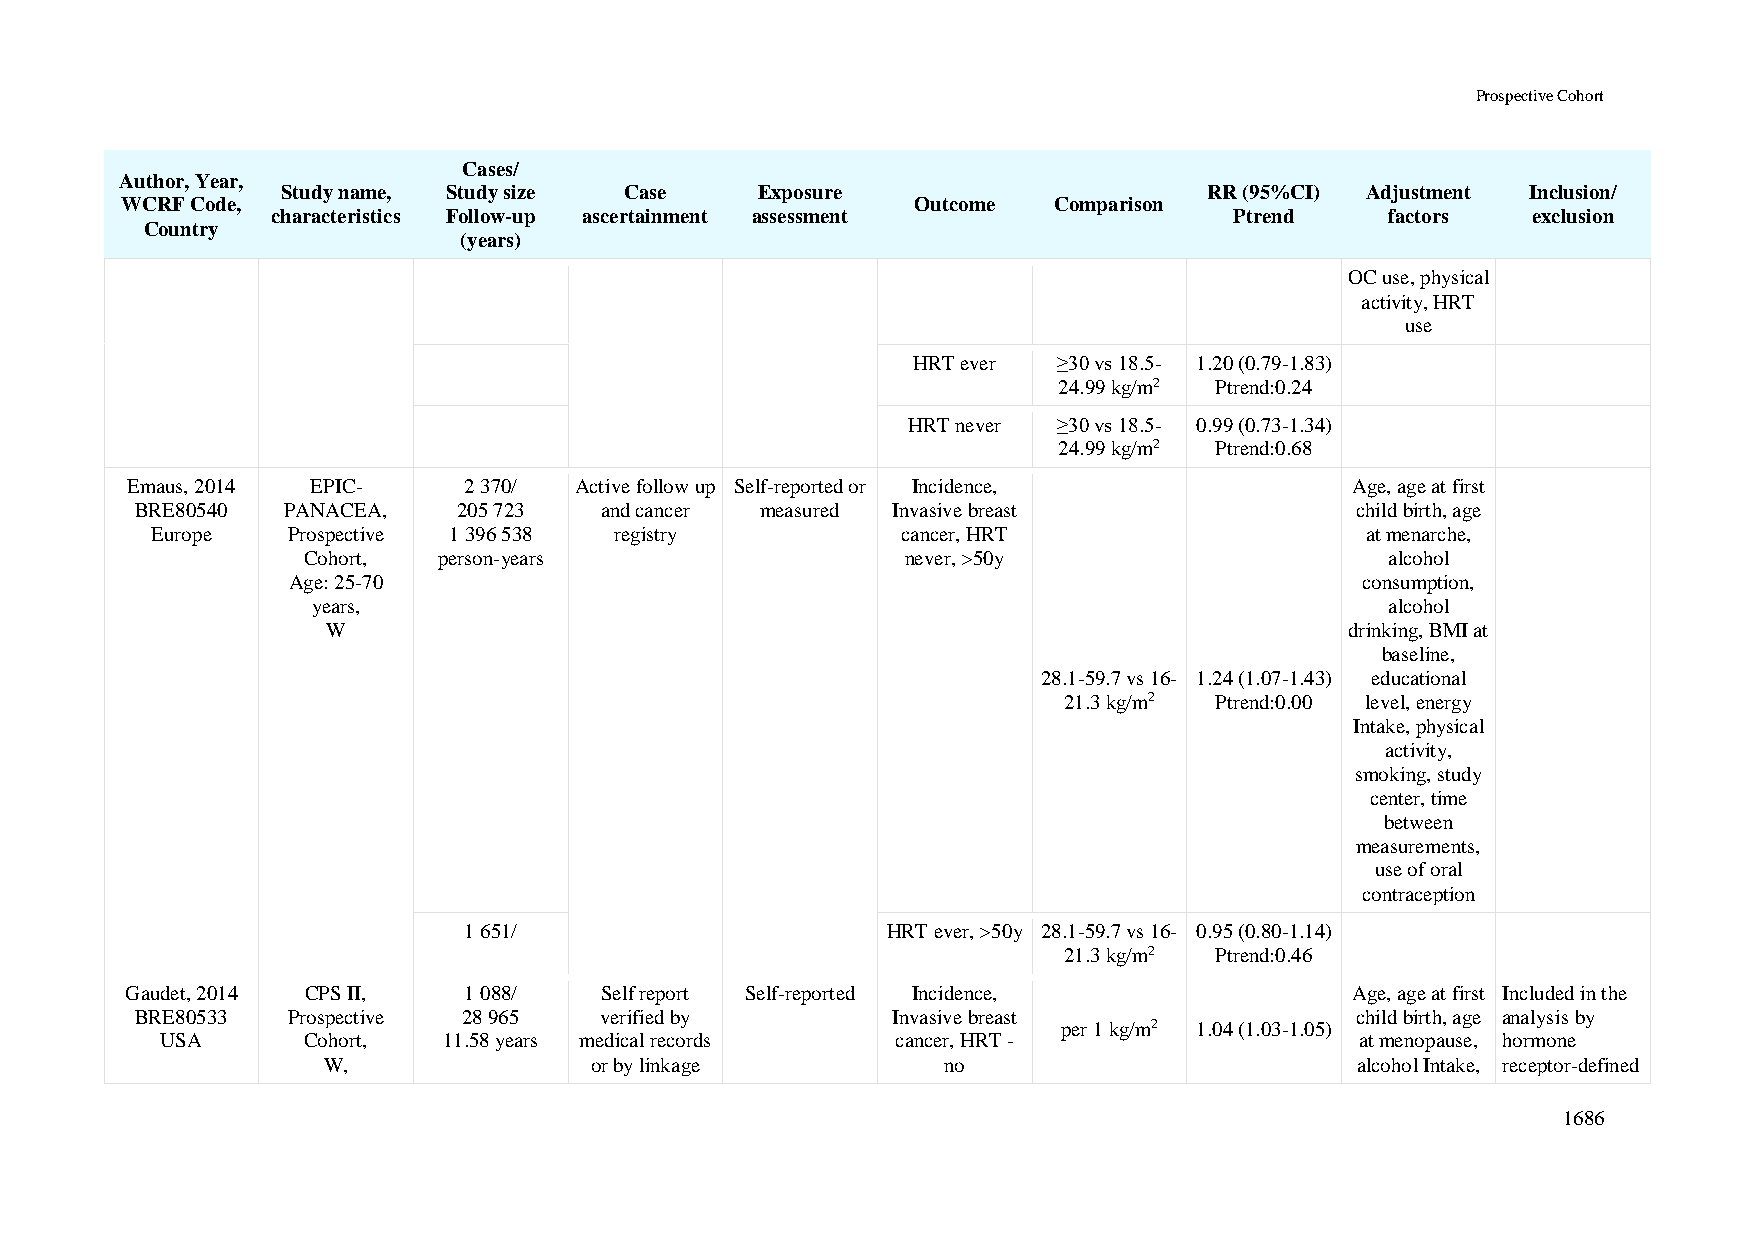
Prospective Cohort
 Cases/
 Author, Year,
 Study name, Study size Case    Exposure                      RR (95%CI) Adjustment Inclusion/
 WCRF Code,                                           Outcome  Comparison
 characteristics Follow-up ascertainment assessment              Ptrend    factors  exclusion
 Country
 (years)
 OC use, physical
 activity, HRT
 use
 HRT ever  ≥30 vs 18.5- 1.20 (0.79-1.83)
 24.99 kg/m2 Ptrend:0.24
 HRT never ≥30 vs 18.5- 0.99 (0.73-1.34)
 24.99 kg/m2 Ptrend:0.68
 Emaus, 2014  EPIC-     2 370/ Active follow up Self-reported or Incidence,        Age, age at first
 BRE80540  PANACEA,   205 723   and cancer measured Invasive breast               child birth, age
 Europe   Prospective 1 396 538 registry           cancer, HRT                   at menarche,
 Cohort,  person-years                   never, >50y                     alcohol
 Age: 25-70                                                             consumption,
 years,                                                                 alcohol
 W                                                                  drinking, BMI at
 baseline,
 28.1-59.7 vs 16- 1.24 (1.07-1.43) educational
 21.3 kg/m2 Ptrend:0.00 level, energy
 Intake, physical
 activity,
 smoking, study
 center, time
 between
 measurements,
 use of oral
 contraception
 1 651/                      HRT ever, >50y 28.1-59.7 vs 16- 0.95 (0.80-1.14)
 21.3 kg/m2 Ptrend:0.46
 Gaudet, 2014 CPS II,   1 088/   Self report Self-reported Incidence,              Age, age at first Included in the
 BRE80533  Prospective 28 965   verified by        Invasive breast                child birth, age analysis by
 per 1 kg/m2 1.04 (1.03-1.05)
 USA      Cohort,  11.58 years medical records   cancer, HRT -                  at menopause, hormone
 W,                or by linkage          no                          alcohol Intake, receptor-defined
 1686